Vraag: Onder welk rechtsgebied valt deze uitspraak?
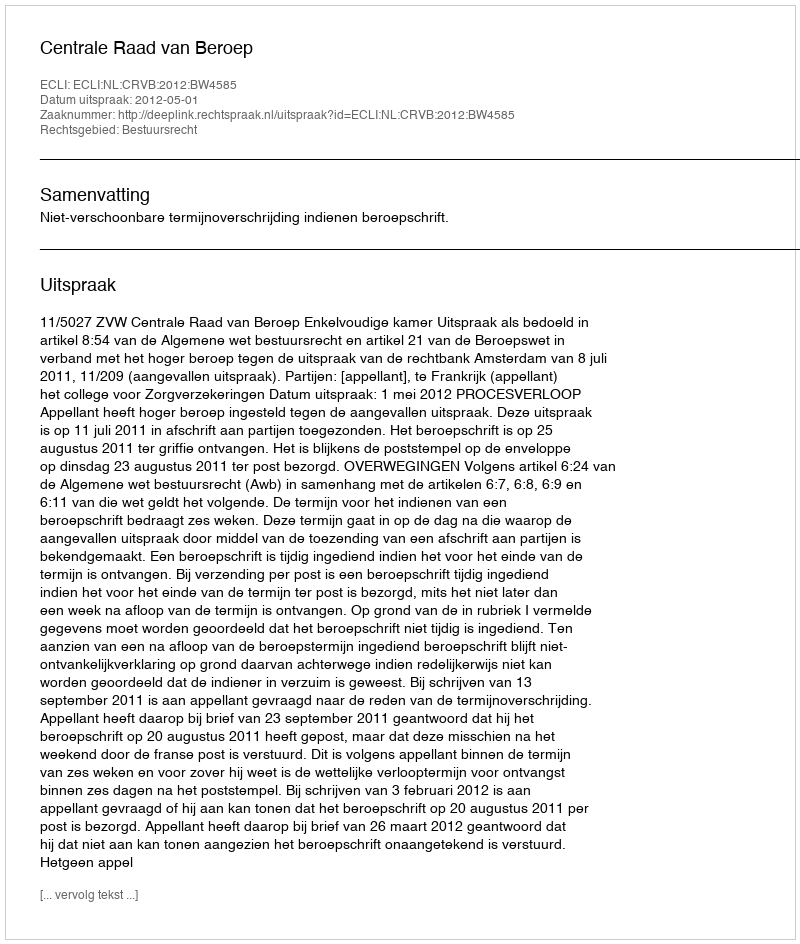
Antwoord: Bestuursrecht